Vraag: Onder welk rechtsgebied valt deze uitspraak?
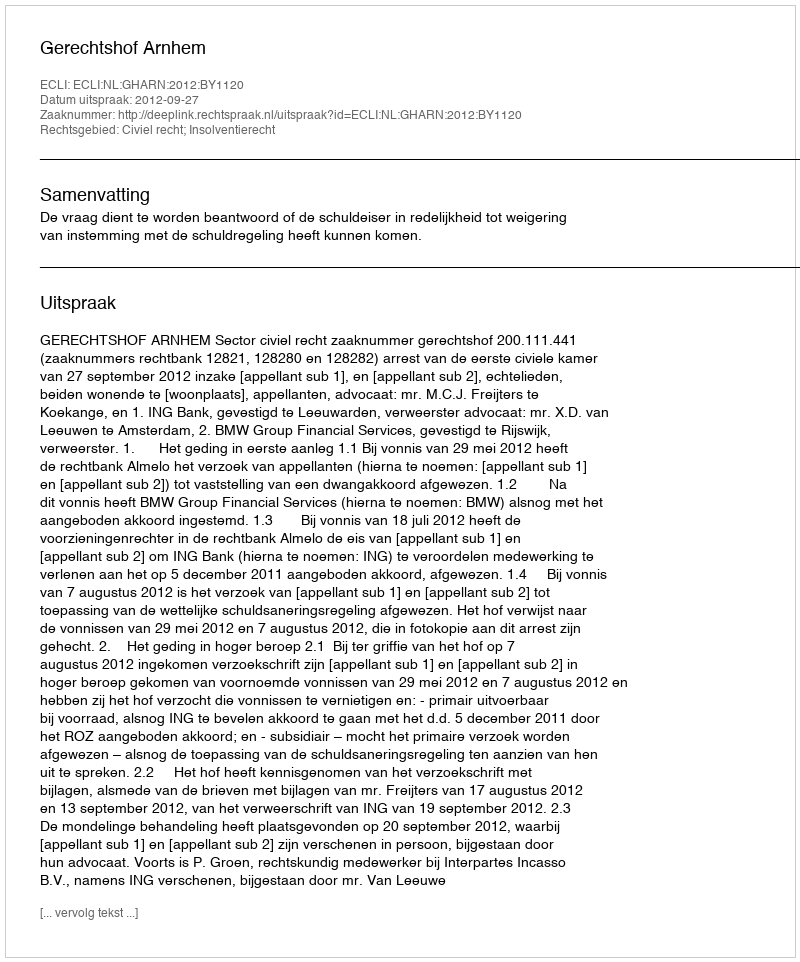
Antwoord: Civiel recht; Insolventierecht